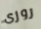
روزى